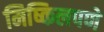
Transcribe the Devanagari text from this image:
मिष्किलपणे